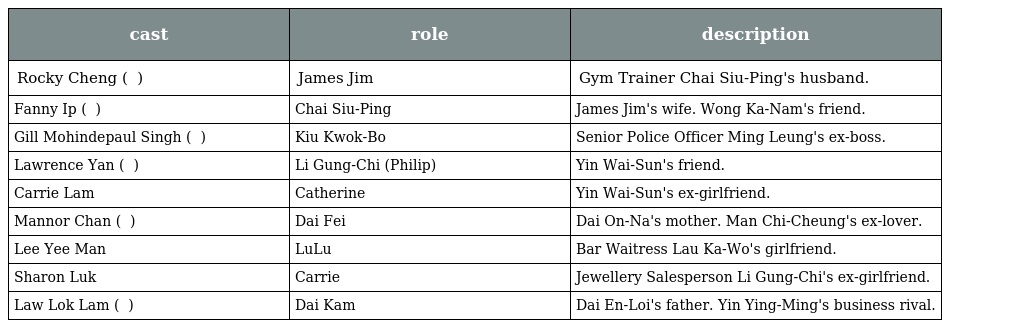
| cast | role | description |
 | --- | --- | --- |
 | Rocky Cheng ( 鄭健樂 ) | James Jim | Gym Trainer Chai Siu-Ping's husband. |
 | Fanny Ip ( 葉凱茵 ) | Chai Siu-Ping 柴小屏 | James Jim's wife. Wong Ka-Nam's friend. |
 | Gill Mohindepaul Singh ( 喬寶寶 ) | Kiu Kwok-Bo 喬國寶 | Senior Police Officer Ming Leung's ex-boss. |
 | Lawrence Yan ( 甄志強 ) | Li Gung-Chi (Philip) 李公子 | Yin Wai-Sun's friend. |
 | Carrie Lam | Catherine | Yin Wai-Sun's ex-girlfriend. |
 | Mannor Chan ( 陳曼娜 ) | Dai Fei 戴菲 | Dai On-Na's mother. Man Chi-Cheung's ex-lover. |
 | Lee Yee Man | LuLu | Bar Waitress Lau Ka-Wo's girlfriend. |
 | Sharon Luk | Carrie | Jewellery Salesperson Li Gung-Chi's ex-girlfriend. |
 | Law Lok Lam ( 羅樂林 ) | Dai Kam 戴金 | Dai En-Loi's father. Yin Ying-Ming's business rival. |